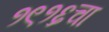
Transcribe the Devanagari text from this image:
१९१६चा